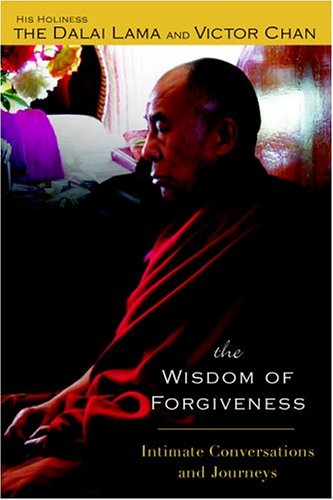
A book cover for The Wisdom of Forgiveness; Dalai Lama; Religion & Spirituality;